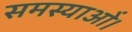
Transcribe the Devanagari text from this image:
समस्याओं।